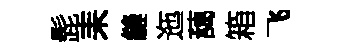
髭耒縫迤藹箱飞